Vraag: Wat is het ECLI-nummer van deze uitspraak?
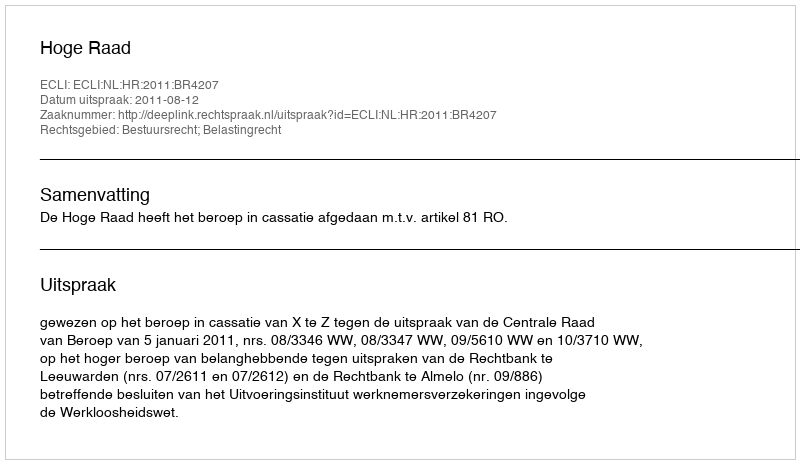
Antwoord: ECLI:NL:HR:2011:BR4207